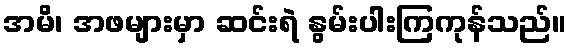
အမိ၊ အဖများမှာ ဆင်းရဲ နွမ်းပါးကြကုန်သည်။